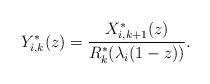
LaTeX: \begin{align*}Y_{i,k}^*(z) = \frac{X_{i,k+1}^*(z)}{R_k^*(\lambda_i(1-z))}.\end{align*}